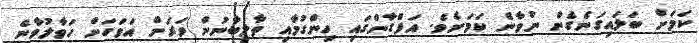
ކަމަށް ބަލައިގަނެގެން ނުވާނެ ކަމަށެވެ. އަފްގާންގައި ހިންގުމާއި ތާލިބާނުން ވަރަށް އަވަހަށް ހަވާލުވާނެ